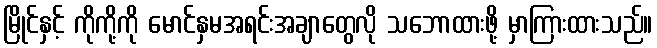
မြိုင်နှင့် ကိုကို့ကို မောင်နှမအရင်းအချာတွေလို သဘောထားဖို့ မှာကြားထားသည်။